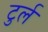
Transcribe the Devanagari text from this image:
टुर्ल